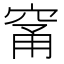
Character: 𥦁